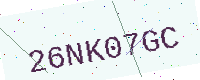
Text: 26NK07GC